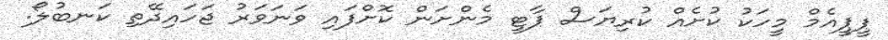
ޕީޕީއެމް މީިހަކު ކުށެއް ކުރިޔަސް ޕާޓީ މެންށަން ކޮށްފައި ވަނަވަރު ޖަހައިދޭތި ކަނބުލޯ.